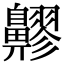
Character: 𪖷